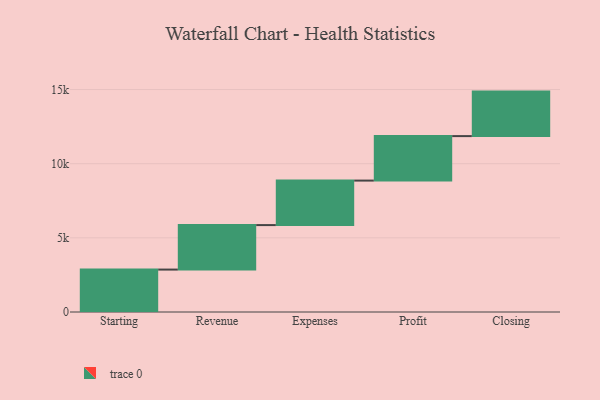
{"axis": {"x": "Step", "y": "Value"}, "legend": [""], "data": [{"x": "Starting", "y": 2860.0, "type": ""}, {"x": "Revenue", "y": 3000, "type": ""}, {"x": "Expenses", "y": 3000, "type": ""}, {"x": "Profit", "y": 3000, "type": ""}, {"x": "Closing", "y": 3000, "type": ""}]}